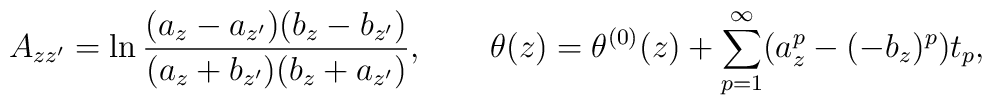
A_{zz^\prime}=\ln\frac{(a_z-a_{z^\prime})(b_z-b_{z^\prime})}{(a_z+b_{z^\prime})(b_z+a_{z^\prime})}, \qquad\theta(z)=\theta^{(0)}(z)+\sum_{p=1}^\infty(a_z^p-(-b_z)^p)t_p,